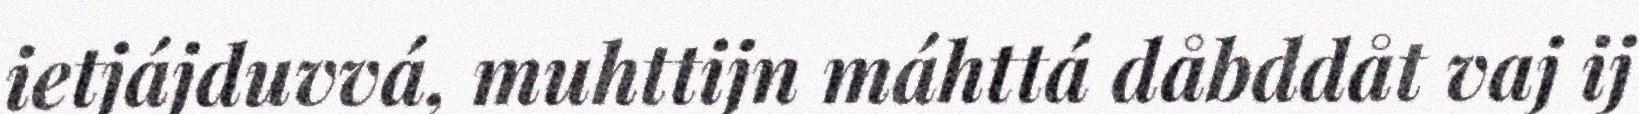
ietjájduvvá, muhttijn máhttá dåbddåt vaj ij